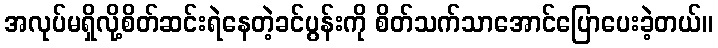
အလုပ်မရှိလို့စိတ်ဆင်းရဲနေတဲ့ခင်ပွန်းကို စိတ်သက်သာအောင်ပြောပေးခဲ့တယ်။